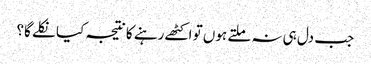
جب دل ہی نہ ملتے ہوں تو اکٹھے رہنے کا نتیجہ کیا نکلے گا؟